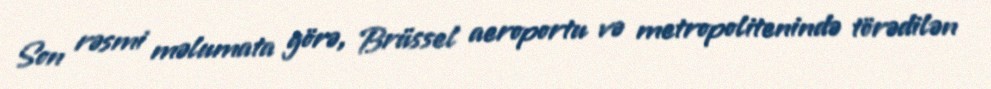
Son rəsmi məlumata görə, Brüssel aeroportu və metropolitenində törədilən